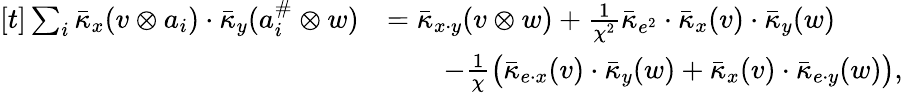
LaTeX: \begin{array}{rl}{[t]\sum_{i}\bar{\kappa}_{x}(v\otimes a_{i})\cdot\bar{\kappa}_{y}(a_{i}^{\# }\otimes w)}&{=\bar{\kappa}_{x\cdot y}(v\otimes w)+\frac{1}{\chi^{2}}\bar{\kappa}_{e^{2}}\cdot\bar{\kappa}_{x}(v)\cdot\bar{\kappa}_{y}(w)}\\ &{\quad\quad-\frac{1}{\chi}\bigl(\bar{\kappa}_{e\cdot x}(v)\cdot\bar{\kappa}_{y}(w)+\bar{\kappa}_{x}(v)\cdot\bar{\kappa}_{e\cdot y}(w)\bigr),}\end{array}